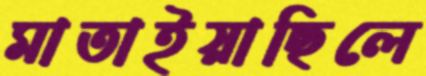
মাতাইয়াছিলে